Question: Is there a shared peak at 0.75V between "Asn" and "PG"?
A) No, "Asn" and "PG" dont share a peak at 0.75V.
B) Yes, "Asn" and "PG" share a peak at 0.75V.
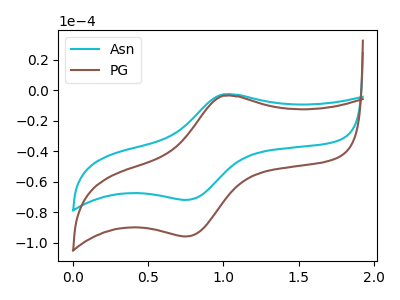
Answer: <think>The cyan curve "Asn" has an anodic peak at (1.00V, -2.75uA) and a cathodic peak at (0.75V, -71.95uA). The brown curve "PG" has an anodic peak at (1.00V, -3.65uA) and a cathodic peak at (0.75V, -95.90uA).</think>
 <answer>B) Yes, "Asn" and "PG" share a peak at 0.75V.</answer>
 <eval>B</eval>